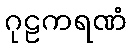
ဂုဠကရဏံ